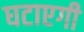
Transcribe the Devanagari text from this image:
घटाएगी